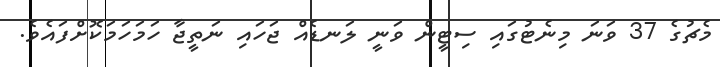
މެޗުގެ 37 ވަނަ މިނެޓުގައި ސިޓީން ވަނީ ލަނޑެއް ޖަހައި ނަތީޖާ ހަމަހަމަކޮށްފައެވެ.